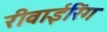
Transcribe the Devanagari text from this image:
रीवाईरिंग